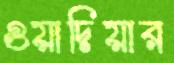
ওয়াদিয়ার